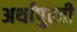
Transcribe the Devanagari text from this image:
अर्थांपुरती